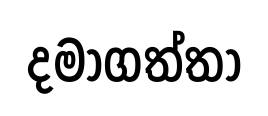
දමාගත්තා